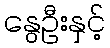
နွေဦးနှင့်